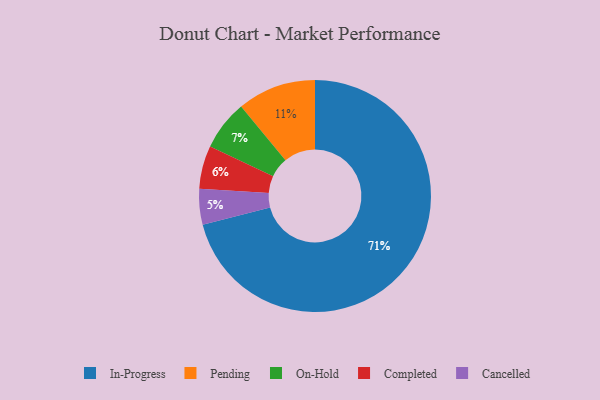
{"axis": {"x": "Category", "y": "Percentage"}, "legend": ["Cancelled", "Completed", "In-Progress", "On-Hold", "Pending"], "data": [{"x": "On-Hold", "y": 7, "type": "On-Hold"}, {"x": "In-Progress", "y": 71, "type": "In-Progress"}, {"x": "Cancelled", "y": 5, "type": "Cancelled"}, {"x": "Pending", "y": 11, "type": "Pending"}, {"x": "Completed", "y": 6, "type": "Completed"}]}